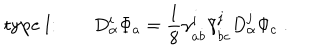
LaTeX: \mathrm { t y p e ~ I : } \qquad D _ { \alpha } ^ { i } \Phi _ { a } = { \frac { 1 } { 8 } } \gamma _ { a \dot { b } } ^ { i } \tilde { \gamma } _ { \dot { b } c } ^ { j } D _ { \alpha } ^ { j } \Phi _ { c } \; .